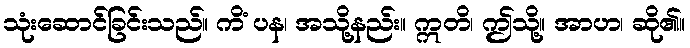
သုံးဆောင်ခြင်းသည်။ ကိံ ပန၊ အသို့နည်း။ ဣတိ၊ ဤသို့။ အာဟ၊ ဆို၏။